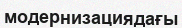
модернизациядағы